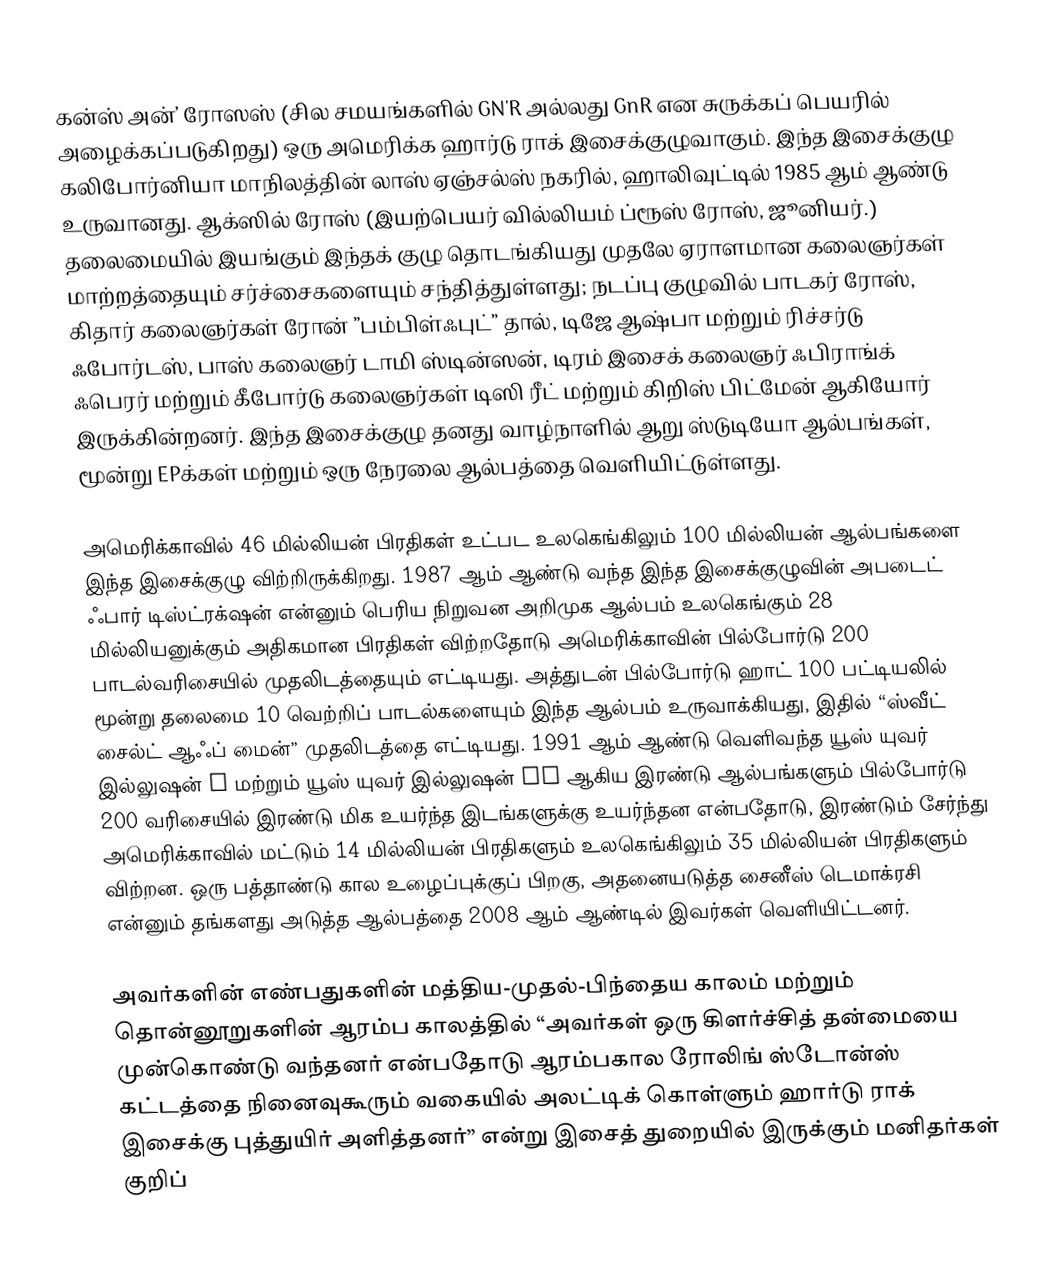
கன்ஸ் அன்’ ரோஸஸ் (சில சமயங்களில் GN'R அல்லது GnR என சுருக்கப் பெயரில் அழைக்கப்படுகிறது) ஒரு அமெரிக்க ஹார்டு ராக் இசைக்குழுவாகும். இந்த இசைக்குழு கலிபோர்னியா மாநிலத்தின் லாஸ் ஏஞ்சல்ஸ் நகரில், ஹாலிவுட்டில் 1985 ஆம் ஆண்டு உருவானது. ஆக்ஸில் ரோஸ் (இயற்பெயர் வில்லியம் ப்ரூஸ் ரோஸ், ஜூனியர்.) தலைமையில் இயங்கும் இந்தக் குழு தொடங்கியது முதலே ஏராளமான கலைஞர்கள் மாற்றத்தையும் சர்ச்சைகளையும் சந்தித்துள்ளது; நடப்பு குழுவில் பாடகர் ரோஸ், கிதார் கலைஞர்கள் ரோன் ”பம்பிள்ஃபுட்” தால், டிஜே ஆஷ்பா மற்றும் ரிச்சர்டு ஃபோர்டஸ், பாஸ் கலைஞர் டாமி ஸ்டின்ஸன், டிரம் இசைக் கலைஞர் ஃபிராங்க் ஃபெரர் மற்றும் கீபோர்டு கலைஞர்கள் டிஸி ரீட் மற்றும் கிறிஸ் பிட்மேன் ஆகியோர் இருக்கின்றனர். இந்த இசைக்குழு தனது வாழ்நாளில் ஆறு ஸ்டுடியோ ஆல்பங்கள், மூன்று EPக்கள் மற்றும் ஒரு நேரலை ஆல்பத்தை வெளியிட்டுள்ளது.

அமெரிக்காவில் 46 மில்லியன் பிரதிகள் உட்பட உலகெங்கிலும் 100 மில்லியன் ஆல்பங்களை இந்த இசைக்குழு விற்றிருக்கிறது. 1987 ஆம் ஆண்டு வந்த இந்த இசைக்குழுவின் அபடைட் ஃபார் டிஸ்ட்ரக்‌ஷன் என்னும் பெரிய நிறுவன அறிமுக ஆல்பம் உலகெங்கும் 28 மில்லியனுக்கும் அதிகமான பிரதிகள் விற்றதோடு அமெரிக்காவின் பில்போர்டு 200 பாடல்வரிசையில் முதலிடத்தையும் எட்டியது. அத்துடன் பில்போர்டு ஹாட் 100 பட்டியலில் மூன்று தலைமை 10 வெற்றிப் பாடல்களையும் இந்த ஆல்பம் உருவாக்கியது, இதில் “ஸ்வீட் சைல்ட் ஆஃப் மைன்” முதலிடத்தை எட்டியது. 1991 ஆம் ஆண்டு வெளிவந்த யூஸ் யுவர் இல்லுஷன் I மற்றும் யூஸ் யுவர் இல்லுஷன் II ஆகிய இரண்டு ஆல்பங்களும் பில்போர்டு 200 வரிசையில் இரண்டு மிக உயர்ந்த இடங்களுக்கு உயர்ந்தன என்பதோடு, இரண்டும் சேர்ந்து அமெரிக்காவில் மட்டும் 14 மில்லியன் பிரதிகளும் உலகெங்கிலும் 35 மில்லியன் பிரதிகளும் விற்றன. ஒரு பத்தாண்டு கால உழைப்புக்குப் பிறகு, அதனையடுத்த சைனீஸ் டெமாக்ரசி என்னும் தங்களது அடுத்த ஆல்பத்தை 2008 ஆம் ஆண்டில் இவர்கள் வெளியிட்டனர்.

அவர்களின் எண்பதுகளின் மத்திய-முதல்-பிந்தைய காலம் மற்றும் தொன்னூறுகளின் ஆரம்ப காலத்தில் “அவர்கள் ஒரு கிளர்ச்சித் தன்மையை முன்கொண்டு வந்தனர் என்பதோடு ஆரம்பகால ரோலிங் ஸ்டோன்ஸ் கட்டத்தை நினைவுகூரும் வகையில் அலட்டிக் கொள்ளும் ஹார்டு ராக் இசைக்கு புத்துயிர் அளித்தனர்” என்று இசைத் துறையில் இருக்கும் மனிதர்கள் குறிப்